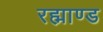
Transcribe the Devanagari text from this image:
रह्माण्ड